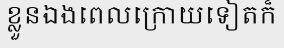
ខ្លួនឯងពេលក្រោយទៀតក៏